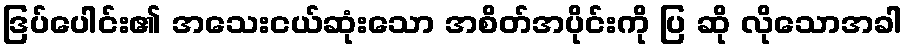
ဒြပ်ပေါင်း၏ အသေးငယ်ဆုံးသော အစိတ်အပိုင်းကို ပြ ဆို လိုသောအခါ